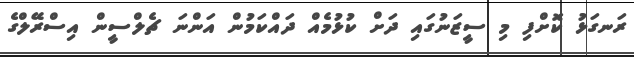
ރަނގަޅު ކޮށްފި މި ސީޒަނުގައި ދަށް ކުޅުމެއް ދައްކަމުން އަންނަ ޗެލްސީން އިސްރޭލްގެ